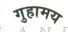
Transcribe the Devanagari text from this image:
गुहामय